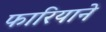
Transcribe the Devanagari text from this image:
फारियाने